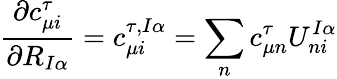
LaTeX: \frac{\partial c_{\mu i}^{\tau}}{\partial R_{I\alpha}}=c_{\mu i}^{\tau,I\alpha}=\sum_{n}c_{\mu n}^{\tau}U_{ni}^{I\alpha}